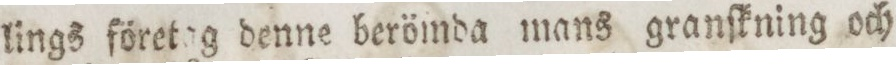
lings företag denne berömda mans granſkning och